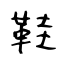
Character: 鞋